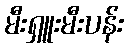
မီးရှူးမီးပန်း